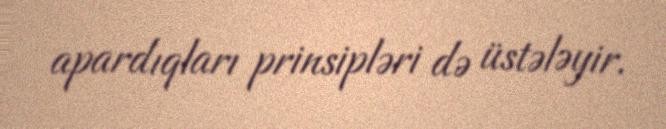
apardıqları prinsipləri də üstələyir.